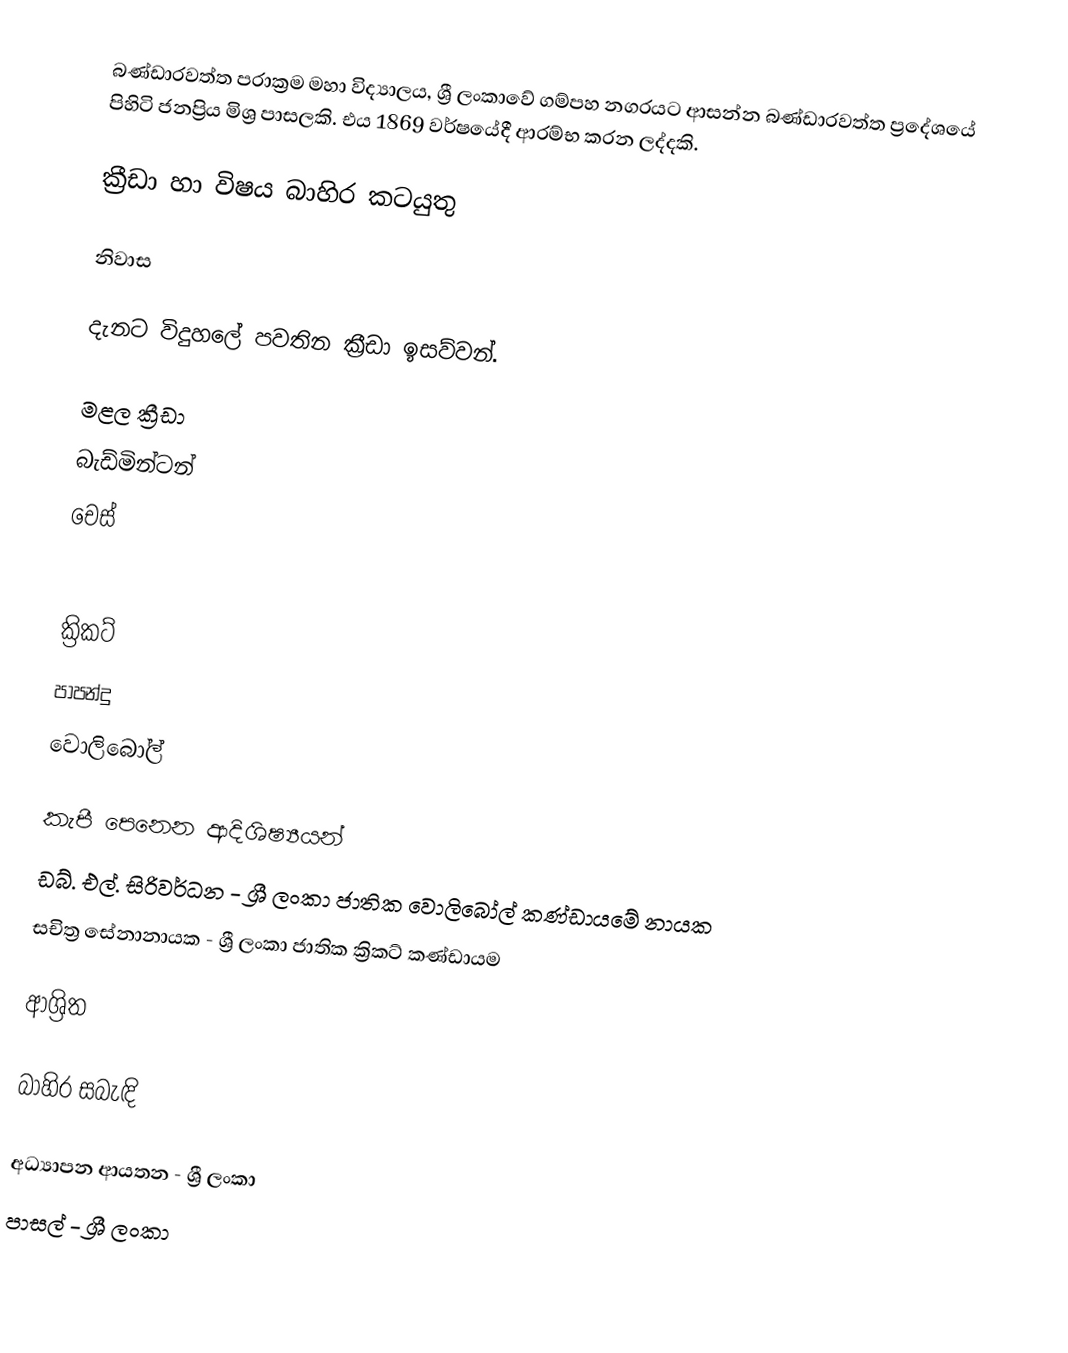
බණ්ඩාරවත්ත පරාක්‍රම මහා විද්‍යාලය, ශ්‍රී ලංකාවේ ගම්පහ නගරයට ආසන්න බණ්ඩාරවත්ත ප්‍රදේශයේ පිහිටි ජනප්‍රිය මිශ්‍ර පාසලකි. එය 1869 වර්ෂයේදී ආරම්භ කරන ලද්දකි.

ක්‍රීඩා හා විෂය බාහිර කටයුතු

නිවාස

දැනට විදුහලේ පවතින ක්‍රීඩා ඉසව්වන්.

  මළල ක්‍රීඩා
  බැඩ්මින්ටන්
 චෙස්

  ක්‍රිකට්
  පාපන්දු
  වොලිබෝල්

කැපී පෙනෙන ආදිශිෂ්‍යයන්
 ඩබ්. එල්. සිරිවර්ධන - ශ්‍රී ලංකා ජාතික වොලිබෝල් කණ්ඩායමේ නායක
සචිත්‍ර සේනානායක - ශ්‍රී ලංකා ජාතික ක්‍රිකට් කණ්ඩායම

ආශ්‍රිත

බාහිර සබැඳි

අධ්‍යාපන ආයතන - ශ්‍රී ලංකා
පාසල් - ශ්‍රී ලංකා